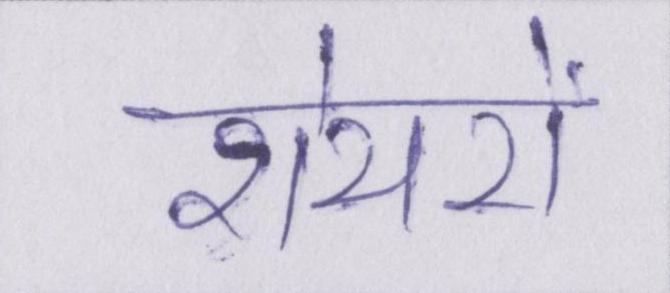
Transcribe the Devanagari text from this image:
शेयरों